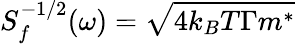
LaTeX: S_{f}^{-1/2}(\omega)=\sqrt{4k_{B}T\Gamma m^{*}}